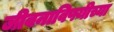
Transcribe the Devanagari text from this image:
जीवनाविषयीच्या